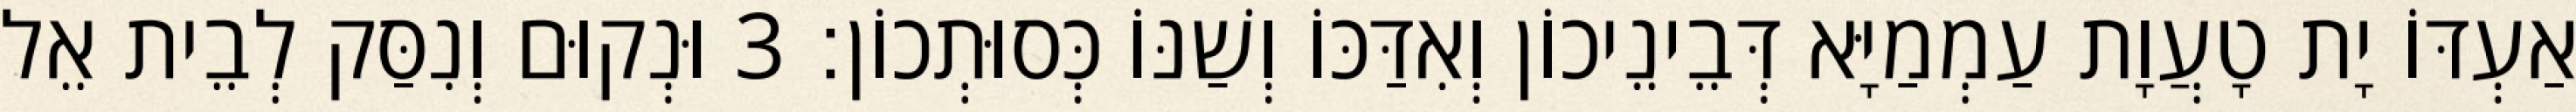
אַעְדּוֹ יָת טָעֲוָת עַמְמַיָּא דְּבֵינֵיכוֹן וְאִדַּכּוֹ וְשַׁנּוֹ כְּסוּתְכוֹן׃ 3 וּנְקוּם וְנִסַּק לְבֵית אֵל